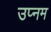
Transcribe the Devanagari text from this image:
उप्नम